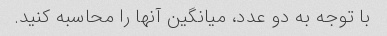
با توجه به دو عدد، میانگین آنها را محاسبه کنید.